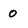
Character: 0